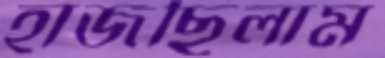
হাজছিলাম